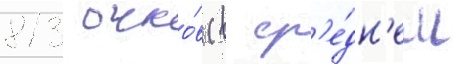
813 очко́в (в ср'е́дн'ем